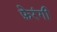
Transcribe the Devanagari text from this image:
फ़ेरंगी